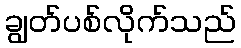
ချွတ်ပစ်လိုက်သည်